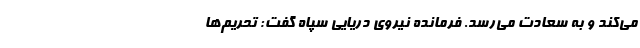
می‌کند و به سعادت می‌رسد. فرمانده نیروی دریایی سپاه گفت: تحریم‌ها